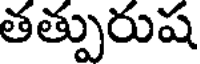
తత్పురుష